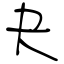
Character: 夬